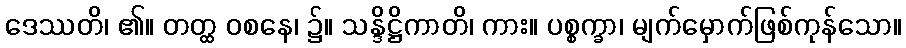
ဒေဿတိ၊ ၏။ တတ္ထ ဝစနေ၊ ၌။ သန္ဒိဋ္ဌိကာတိ၊ ကား။ ပစ္စက္ခာ၊ မျက်မှောက်ဖြစ်ကုန်သော။